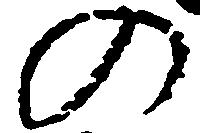
の